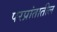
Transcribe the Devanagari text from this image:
परप्रांतातील